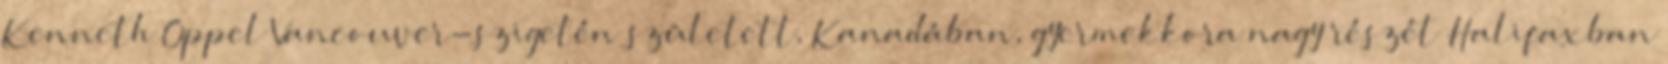
Kenneth Oppel Vancouver-szigetén született, Kanadában, gyermekkora nagy részét Halifaxban